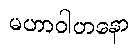
မဟာဝါဟနော